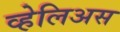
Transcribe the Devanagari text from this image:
व्हेलिअस